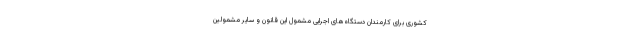
کشوری برای کارمندان دستگاه‌های اجرایی مشمول این قانون و سایر مشمولین